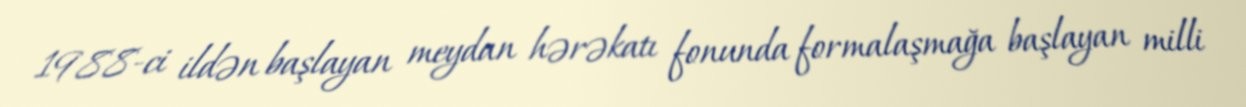
1988-ci ildən başlayan meydan hərəkatı fonunda formalaşmağa başlayan milli